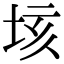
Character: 垓